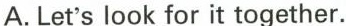
A.Let's look for it together.